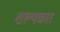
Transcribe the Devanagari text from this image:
शल्यकार